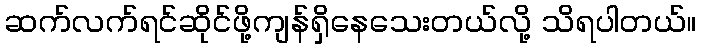
ဆက်လက်ရင်ဆိုင်ဖို့ကျန်ရှိနေသေးတယ်လို့ သိရပါတယ်။